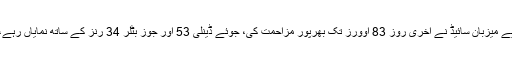
383 رنز ہدف کا تعاقب کرنے والی انگلش ٹیم 197 رنز پر آؤٹ ہوگئی، ڈوبتی کشتی بچانے کیلیے میزبان سائیڈ نے آخری روز 83 اوورز تک بھرپور مزاحمت کی، جوئے ڈینلی 53 اور جوز بٹلر 34 رنز کے ساتھ نمایاں رہے، پیٹ کمنز نے 4 اہم ترین وکٹیں لیں، جوش ہیزل ووڈ اور ناتھن لیون نے بھی 2، 2 شکار کھیلے۔